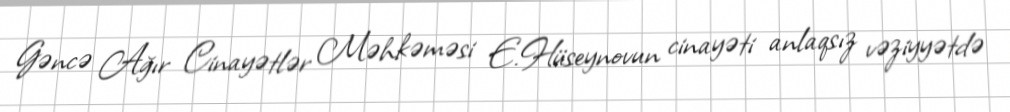
Gəncə Ağır Cinayətlər Məhkəməsi E.Hüseynovun cinayəti anlaqsız vəziyyətdə